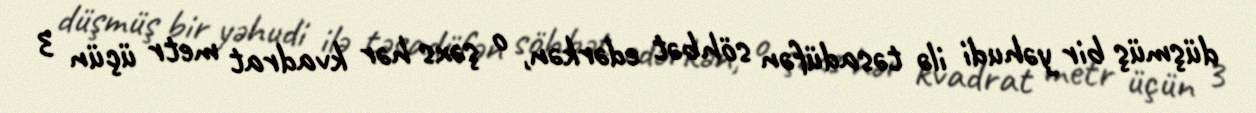
düşmüş bir yəhudi ilə təsadüfən söhbət edərkən, o şəxs hər kvadrat metr üçün 3